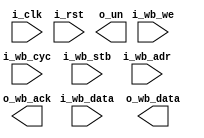
module PID(i_clk, i_rst, i_wb_cyc, i_wb_stb, i_wb_we, i_wb_adr, i_wb_data, o_wb_ack, o_wb_data, o_un);
  input	i_clk;
  input	i_rst;	//reset when high
  //Wishbone Slave port
  input	i_wb_cyc;
  input	i_wb_stb;
  input	i_wb_we;
  input	[16-1:0] i_wb_adr;
  input	[32-1:0] i_wb_data;
  output	o_wb_ack;
  output	[32-1:0] o_wb_data;

  //u(n) output
  output	[31:0] o_un;

  //reg	[15:0 ] kp,ki,kd,sp,pv;
  //reg	RS;
  //reg	[31:0] un;

  //assign o_un = un;

  //wire [31:0] un_next;
  //assign un_next = (i_wb_cyc & i_wb_stb & i_wb_we) ? kp + ki + kd + sp + pv + i_wb_adr + i_wb_data[15:0] : 0;
  //always @(posedge i_clk) begin
  //  if(i_rst)
  //    un <= 0;
  //  else
  //    un <= un_next;
  //end
endmodule